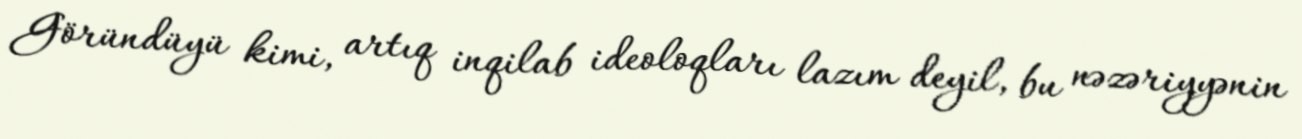
Göründüyü kimi, artıq inqilab ideoloqları lazım deyil, bu nəzəriyyənin